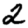
Digit: 2